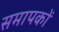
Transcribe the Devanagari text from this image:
समापकों